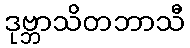
ဒုဗ္ဘာသိတဘာသီ